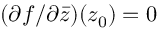
( \partial f / \partial { \bar { z } } ) ( z _ { 0 } ) = 0